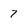
Character: 7